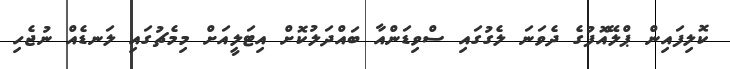
ކޮލިފައިން ޕްލޭއޮފުގެ ދެވަނަ ލެގުގައި ސްވިޑަންއާ ބައްދަލުކޮށް އިޓަލީއަށް މިމެޗުގައި ލަނޑެއް ނުޖެހި